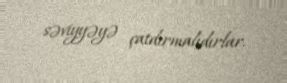
səviyyəyə çatdırmalıdırlar.